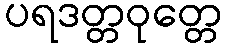
ပရဒတ္တဝုတ္တေ